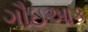
ગૌઇઆક